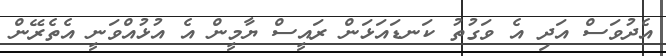
އެދުވަސް އަދި އެ ވަގުތު ކަނޑައަޅަން ރައީސް ޔާމީން އެ އުޅުއްވަނީ އެތެރޭން